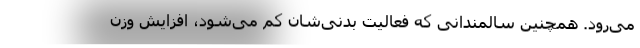
می‌رود. همچنین سالمندانی که فعالیت بدنی‌شان کم می‌شود، افزایش وزن